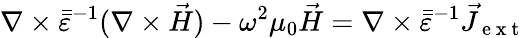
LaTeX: \nabla\times\bar{\bar{\varepsilon}}^{-1}(\nabla\times\vec{H})-\omega^{2}\mu_{0}\vec{H}=\nabla\times\bar{\bar{\varepsilon}}^{-1}\vec{J}_{\mathrm{~e~x~t~}}